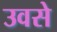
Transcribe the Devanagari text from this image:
उवसे